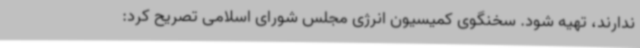
ندارند، تهیه شود. سخنگوی کمیسیون انرژی مجلس شورای اسلامی تصریح کرد: